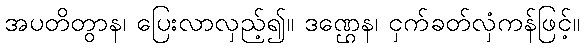
အပတိတွာန၊ ပြေးလာလှည့်၍။ ဒဏ္ဌေန၊ ငှက်ခတ်လှံကန်ဖြင့်။